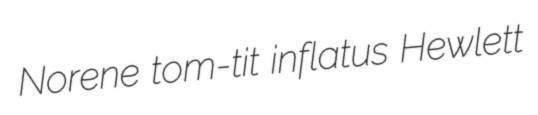
Norene tom-tit inflatus Hewlett